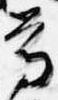
尊